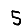
Digit: 5